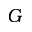
G